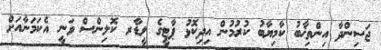
ޖަސިންދާ އިންތިޚާބު ކާމިޔާބު ކުރުމުން އިދިކޮޅު ޕާޓީގެ ލީޑާރ ކޮލިންސް ވަނީ އެކަމަނާއަށް